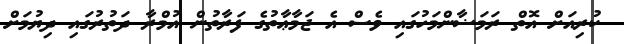
ކުރިއަށް އޮތް ރަމަޟާންމަހުގައި ވެސް އެ ޖަމާޢާތުގެ ފަރާތުން އުމްރާ ދަތުރުގައި ދިޔުމަށް